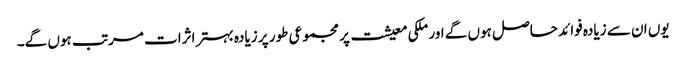
یوں ان سے زیادہ فوائد حاصل ہوں گے اور ملکی معیشت پر مجموعی طور پر زیادہ بہتر اثرات مرتب ہوں گے۔